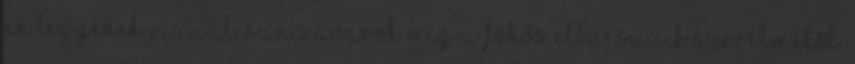
ne legyenek vizuálisan zavarók míg a főhős elbúcsúzik szerelmétől.